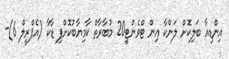
އިންޑިއާ ބަލިކޮށް ލަންކާ އިން ޓްވެންޓީ20 މުބާރާތް ކާމިޔާބުކޮށްފި ޑާކާ (އެޕްރީލް 6)-